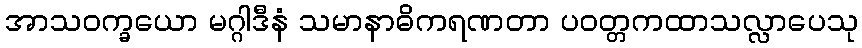
အာသဝက္ခယော မဂ္ဂါဒီနံ သမာနာဓိကရဏတာ ပဝတ္တကထာသလ္လာပေသု